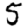
Digit: 5